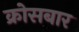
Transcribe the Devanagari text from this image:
क्रोसबार